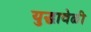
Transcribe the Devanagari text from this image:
युद्धावेळी